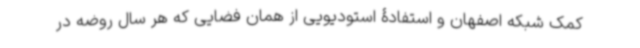
کمک شبکه اصفهان و استفادۀ استودیویی از همان فضایی که هر سال روضه در